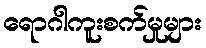
ရောဂါကူးစက်မှုများ